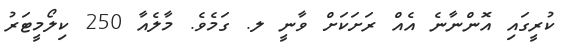
ކުރީގައި އޮންނާނެ އެއް ރަށަކަށް ވާނީ ލ. ގަމެވެ. މާލެއާ 250 ކިލޯމީޓަރު